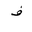
Letter: _fa